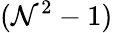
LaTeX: (\mathcal{N}^{2}-1)